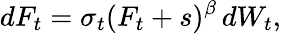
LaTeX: dF_{t}=\sigma_{t}(F_{t}+s)^{\beta}\, dW_{t},